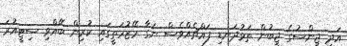
އަދި ޖިންސުގެ ޖީބުން ތަޅުދަނޑި ފައްޗެއްވެސް ނަގާ މޭޒުމަތީގައި ކުރިން ބޭއްވި ސިޓީއުރަ